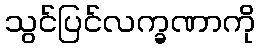
သွင်ပြင်လက္ခဏာကို